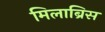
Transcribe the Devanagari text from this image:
मिलाब्रिस